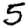
Digit: 5